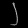
Digit: ၂